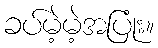
ခပ်မဲ့မဲ့အပြုံး။